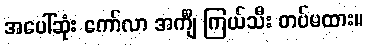
အပေါ်ဆုံး ကော်လာ အင်္ကျီ ကြယ်သီး တပ်မထား။